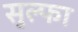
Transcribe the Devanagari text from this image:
सुल्फा